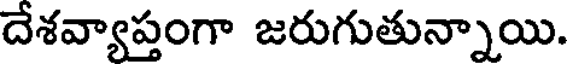
దేశవ్యాప్తంగా జరుగుతున్నాయి.